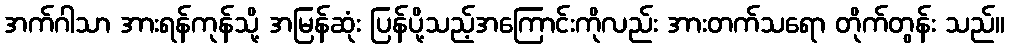
အက်ဂါသာ အားရန်ကုန်သို့ အမြန်ဆုံး ပြန်ပို့သည့်အကြောင်းကိုလည်း အားတက်သရော တိုက်တွန်း သည်။